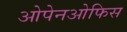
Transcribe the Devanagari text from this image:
ओपेनओफिस